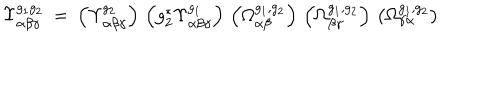
\Upsilon _ { \alpha \beta \gamma } ^ { g _ { 1 } g _ { 2 } } \: = \: \left( \Upsilon _ { \alpha \beta \gamma } ^ { g _ { 2 } } \right) \, \left( g _ { 2 } ^ { * } \Upsilon _ { \alpha \beta \gamma } ^ { g _ { 1 } } \right) \, \left( \Omega _ { \alpha \beta } ^ { g _ { 1 } , g _ { 2 } } \right) \, \left( \Omega _ { \beta \gamma } ^ { g _ { 1 } , g _ { 2 } } \right) \, \left( \Omega _ { \gamma \alpha } ^ { g _ { 1 } , g _ { 2 } } \right)